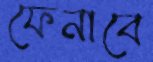
ফেনাবে